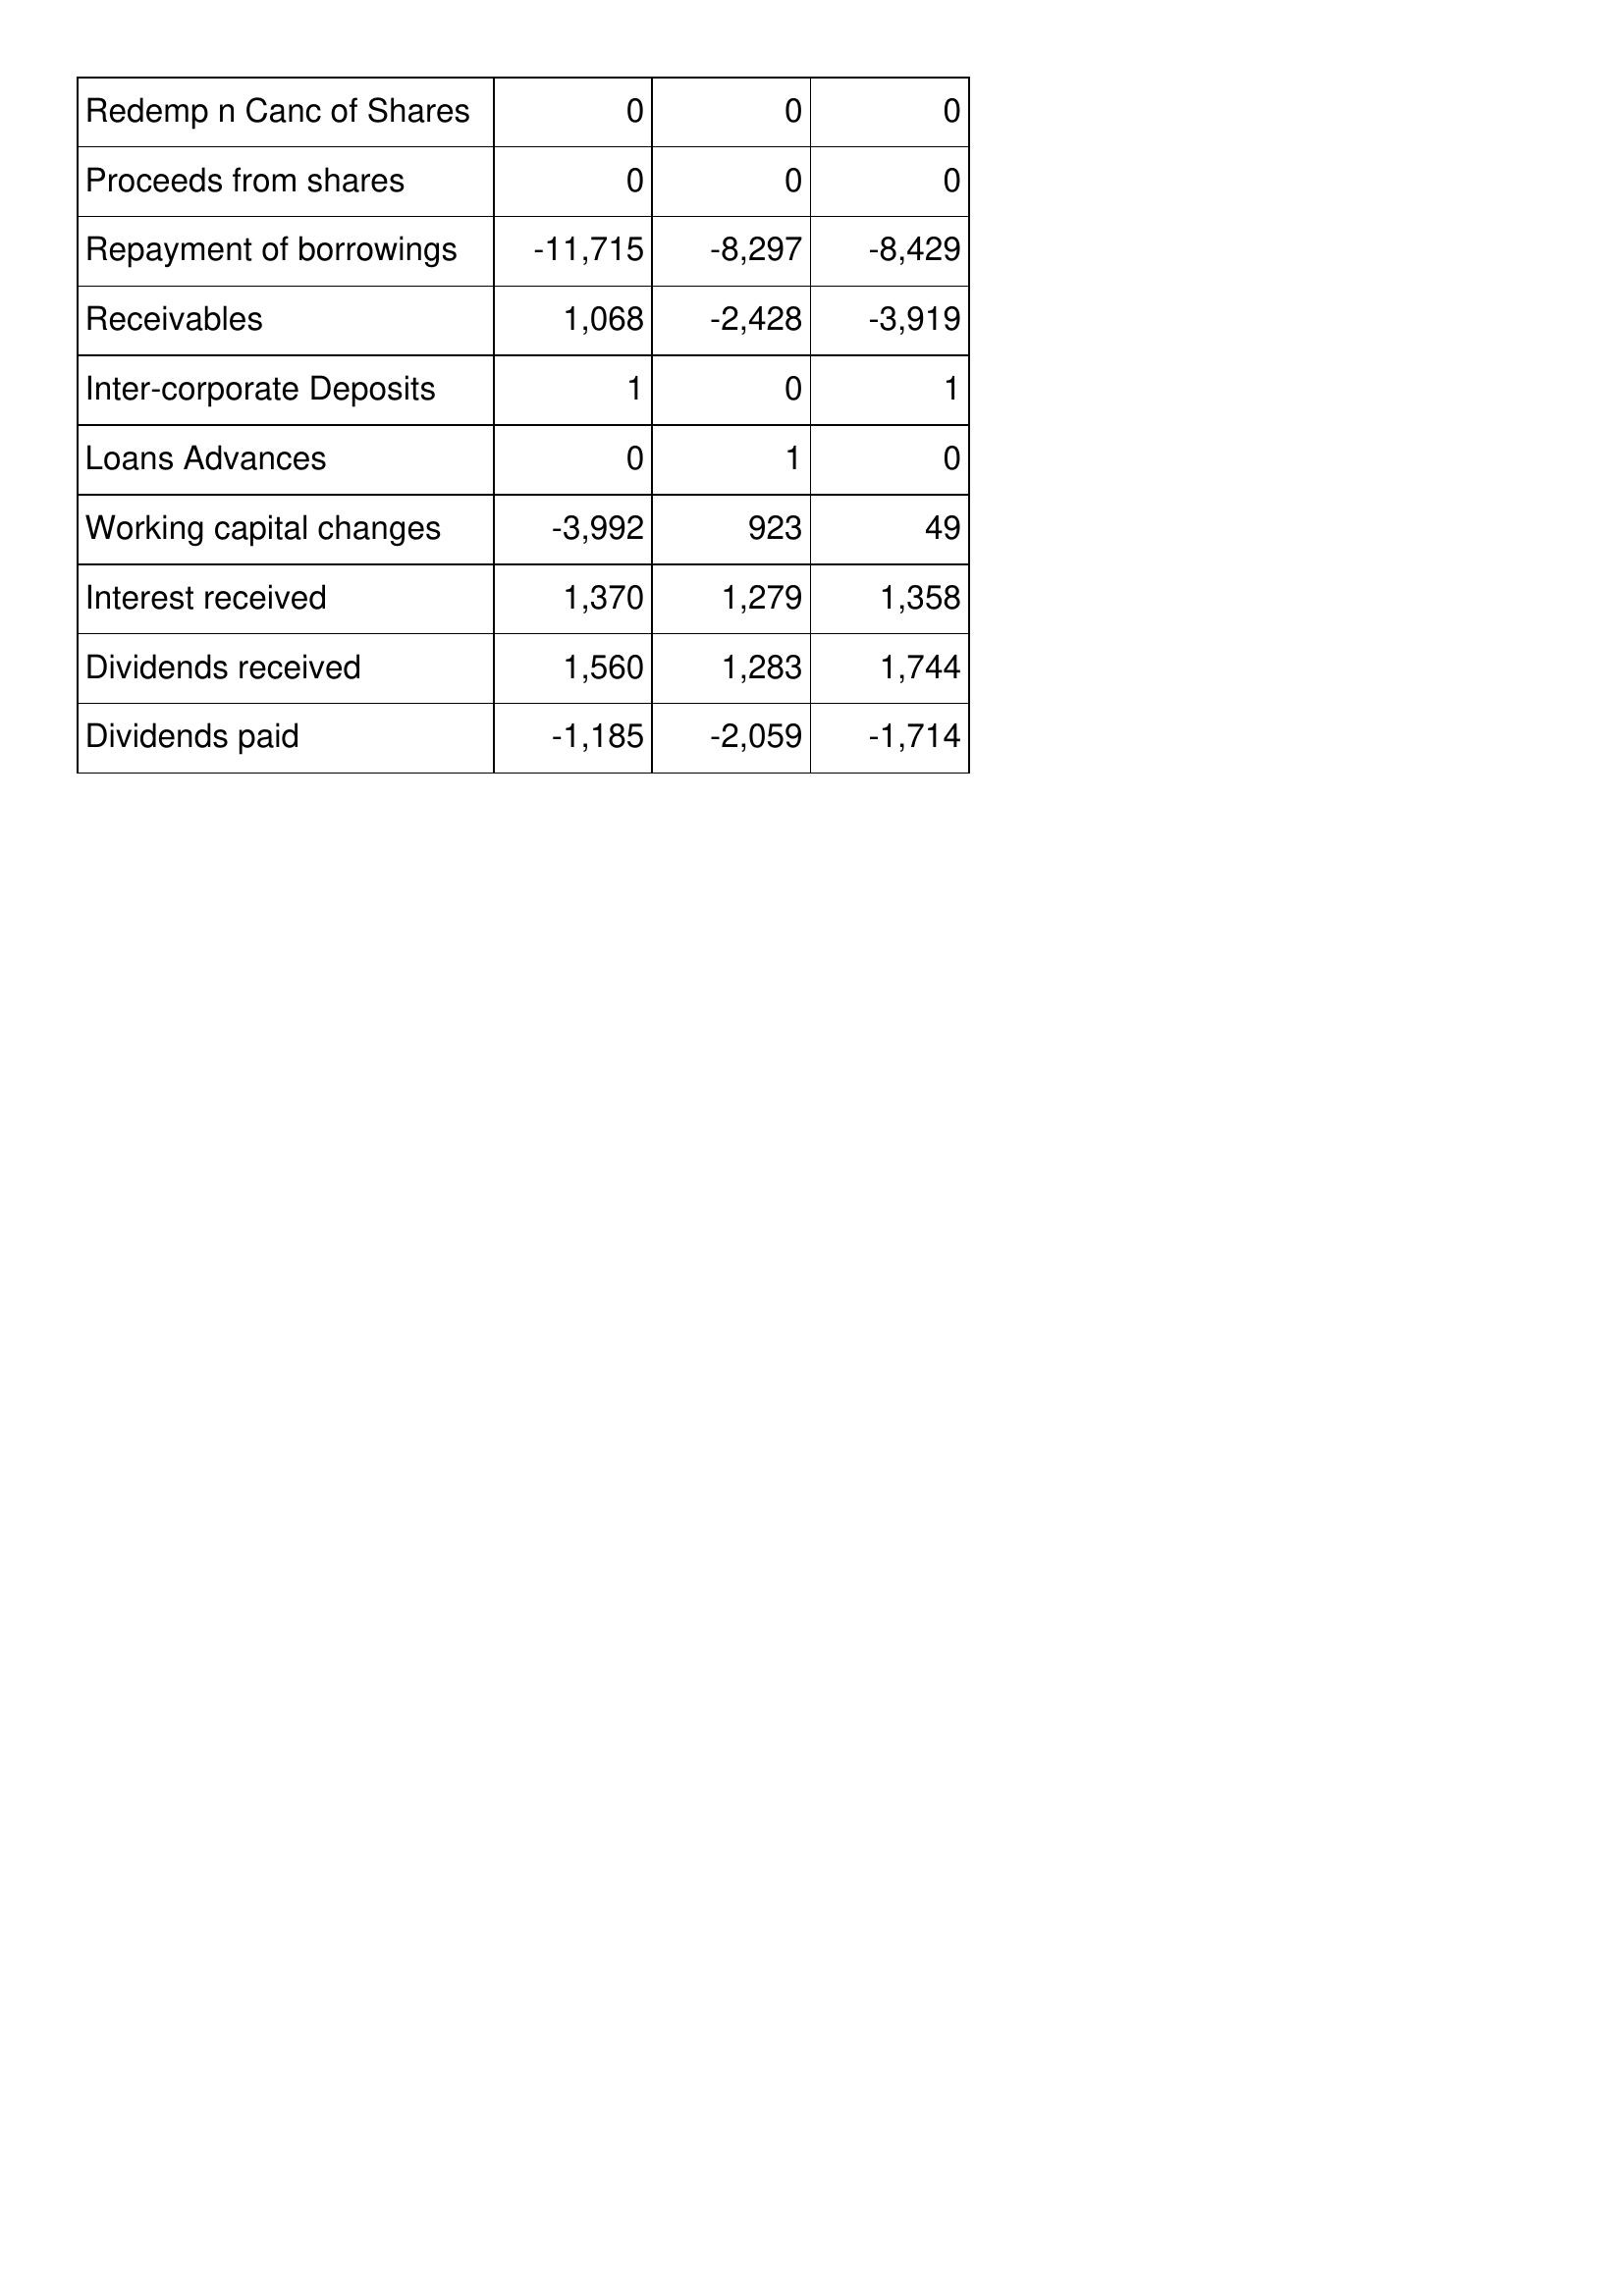
Mar-04: Cash Flows: Redemp n Canc of Shares: 0
Proceeds from shares: 0
Repayment of borrowings: -11,715
Receivables: 1,068
Inter-corporate Deposits: 1
Loans Advances: 0
Working capital changes: -3,992
Interest received: 1,370
Dividends received: 1,560
Dividends paid: -1,185
Mar-03: Cash Flows: Redemp n Canc of Shares: 0
Proceeds from shares: 0
Repayment of borrowings: -8,297
Receivables: -2,428
Inter-corporate Deposits: 0
Loans Advances: 1
Working capital changes: 923
Interest received: 1,279
Dividends received: 1,283
Dividends paid: -2,059
Mar-02: Cash Flows: Redemp n Canc of Shares: 0
Proceeds from shares: 0
Repayment of borrowings: -8,429
Receivables: -3,919
Inter-corporate Deposits: 1
Loans Advances: 0
Working capital changes: 49
Interest received: 1,358
Dividends received: 1,744
Dividends paid: -1,714